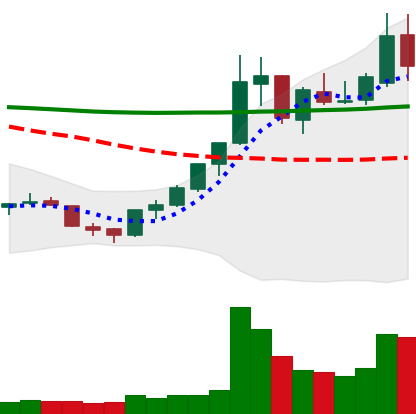
Ticker: XLM-USD
Chart end date: 2018-07-26
Forward return: -10.19%
Label: down_7plus